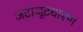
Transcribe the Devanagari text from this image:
जटाजूटधारण